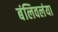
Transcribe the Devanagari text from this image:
बंलिवलंया